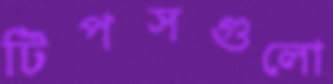
টিপসগুলো